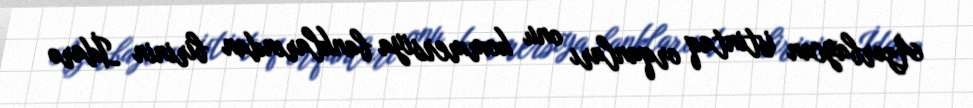
Azərbaycan istintaq orqanları onu kommersiya banklarından birinin İdarə